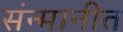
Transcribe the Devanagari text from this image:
संन्मानीत